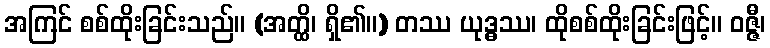
အကြင် စစ်ထိုးခြင်းသည်။ (အတ္ထိ၊ ရှိ၏။) တဿ ယုဒ္ဓဿ၊ ထိုစစ်ထိုးခြင်းဖြင့်။ ဝဇ္ဇီ၊